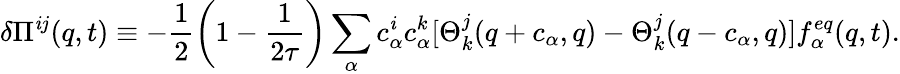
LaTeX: \delta{\Pi}^{\mathit{i}j}({q},t)\equiv-\frac{{1}}{{2}}\left(1-\frac{{1}}{{2\tau}}\right)\sum_{\alpha}{c}_{\alpha}^{\mathit{i}}{c}_{\alpha}^{k}[\Theta_{k}^{j}({q}+{c}_{\alpha},{q})-\Theta_{k}^{j}({q}-{c}_{\alpha},{q})]f_{\alpha}^{eq}({q},t).